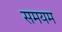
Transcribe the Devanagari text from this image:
समयम